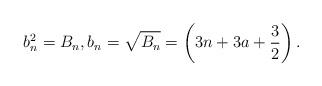
LaTeX: \begin{align*}b_{n}^{2}=B_{n},b_{n}=\sqrt{B_{n}}=\left( 3n+3a+\frac{3}{2} \right). \end{align*}